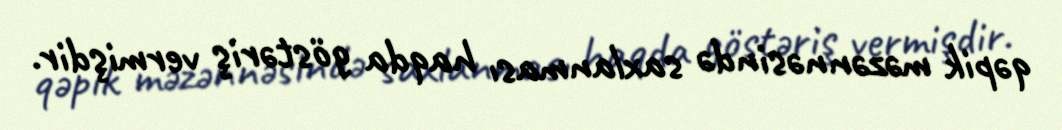
qəpik məzənnəsində saxlanması haqda göstəriş vermişdir.